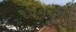
૧૫૬૮થી